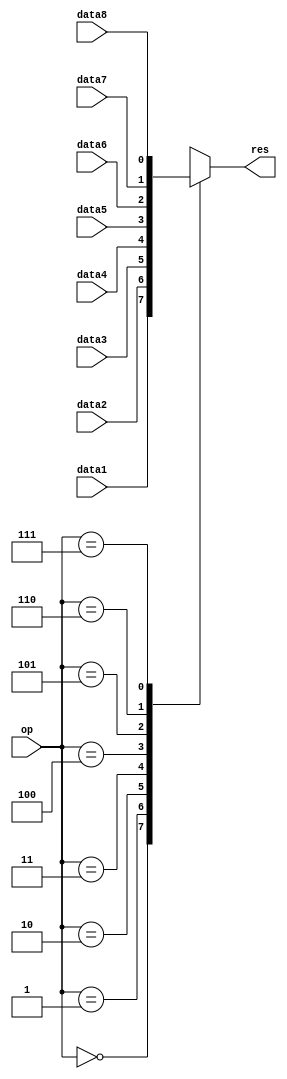
module mux8 #(parameter WIDTH = 1)
  (input [WIDTH-1:0] data1,
   input [WIDTH-1:0] data2,
   input [WIDTH-1:0] data3,
   input [WIDTH-1:0] data4,
   input [WIDTH-1:0] data5,
   input [WIDTH-1:0] data6,
   input [WIDTH-1:0] data7,
   input [WIDTH-1:0] data8,
   input [2:0] op,
   output reg [WIDTH-1:0] res);

  always @* begin
    case (op)
    3'b000: res <= data1;
    3'b001: res <= data2;
    3'b010: res <= data3;
    3'b011: res <= data4;
    3'b100: res <= data5;
    3'b101: res <= data6;
    3'b110: res <= data7;
    3'b111: res <= data8;
    default: res <= 0;
    endcase
  end
endmodule